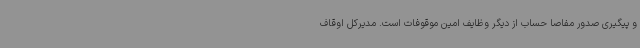
و پیگیری صدور مفاصا حساب از دیگر وظایف امین موقوفات است. مدیرکل اوقاف